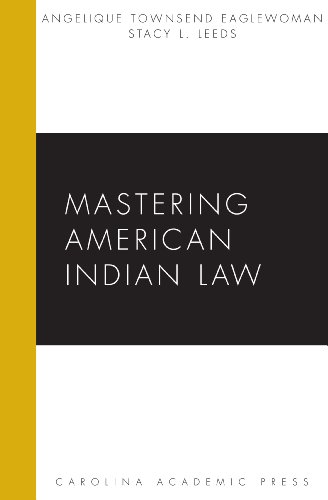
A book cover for Mastering American Indian Law (Carolina Academic Press Mastering); Angelique Townsend EagleWoman; Law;